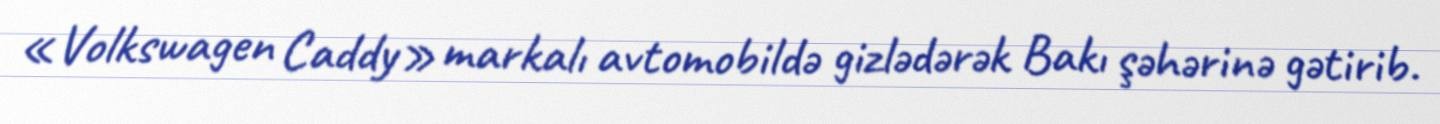
«Volkswagen Caddy» markalı avtomobildə gizlədərək Bakı şəhərinə gətirib.